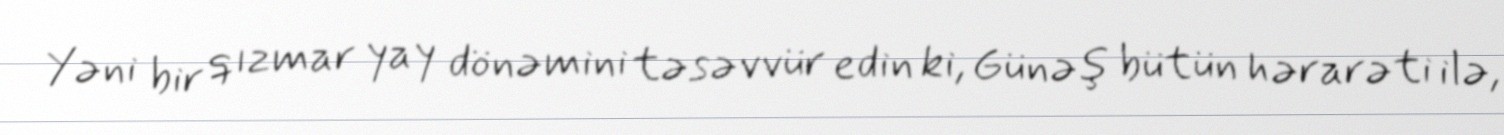
Yəni bir qızmar yay dönəmini təsəvvür edin ki, Günəş bütün hərarəti ilə,